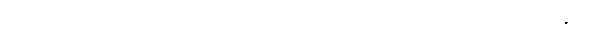
ဝင်စား၍။ ဝါ၊ ရောက်၍။ ဝိဟရတိ၊ ၏။ ပီတိယာ၊ ကို။ ဝါ၊ ၏။